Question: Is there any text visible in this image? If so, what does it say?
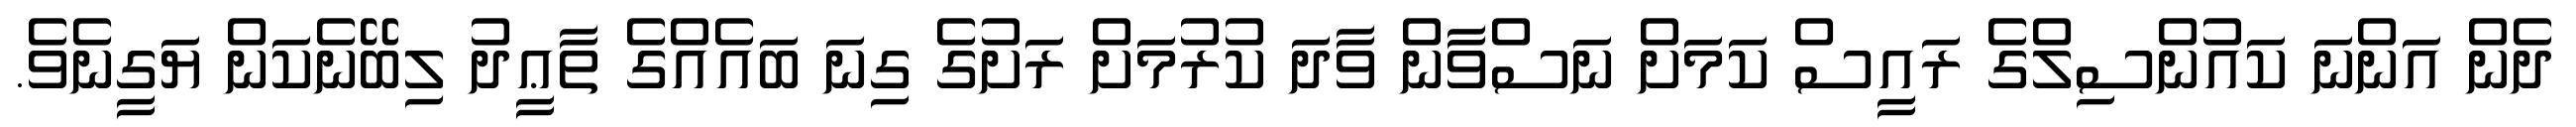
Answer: ދެން އަންނަ ކައުންސިލްގެ ރައީސް ކަމަށް ނަސްވާން ވާދަ ކުރުމަށް ރަށުގެ ގިނަ ބައެއްގެ ތާޢީދު ލިބޭނެކަން ޔަގީނެވެ.